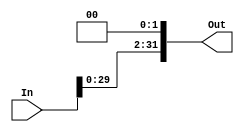
`timescale 1ns / 1ps
//////////////////////////////////////////////////////////////////////////////////
// Company: 
// Engineer: 
// 
// Design Name: 
// Module Name:    ShiftLeft2 
// Project Name: 
// Target Devices: 
// Tool versions: 
// Description: 
//
// Dependencies: 
//
// Revision: 
// Revision 0.01 - File Created
// Additional Comments: 
//
//////////////////////////////////////////////////////////////////////////////////
module ShiftLeft2(In,Out
    );
	 
	 input [0:31] In;
	 output [0:31] Out;
	 
	 
	assign Out = In<<2;
	


endmodule